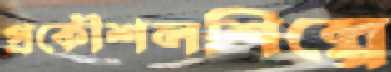
প্রকৌশলশিল্পে